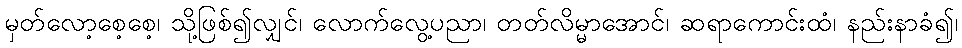
မှတ်လော့စေ့စေ့၊ သို့ဖြစ်၍လျှင်၊ လောက်လွေ့ပညာ၊ တတ်လိမ္မာအောင်၊ ဆရာကောင်းထံ၊ နည်းနာခံ၍၊